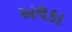
અલકા